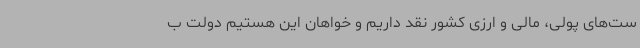
ست‌های پولی، مالی و ارزی کشور نقد داریم و خواهان این هستیم دولت ب